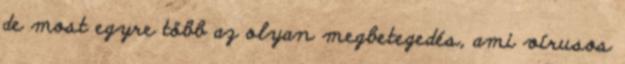
de most egyre több az olyan megbetegedés, ami vírusos